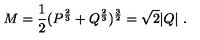
M = { \frac { 1 } { 2 } } ( P ^ { \frac { 2 } { 3 } } + Q ^ { \frac { 2 } { 3 } } ) ^ { \frac { 3 } { 2 } } = \sqrt 2 | Q | \ .